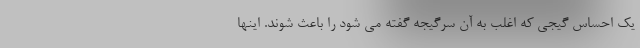
یک احساس گیجی که اغلب به آن سرگیجه گفته می شود را باعث شوند. اینها